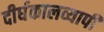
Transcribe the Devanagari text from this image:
दीर्घकालव्यापी